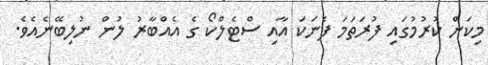
މިކަން ކުރުމުގައި ފުރަތަމަ ފެނަކަ އާއި ސްޓެލްކޯ ގެ އެއްބާރު ލުން ނުލިބޭނެއެވެ.